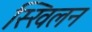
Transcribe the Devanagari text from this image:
स्खिलन